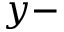
y -